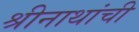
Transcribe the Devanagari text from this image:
श्रीनाथांची